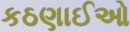
કઠણાઈઓ